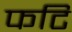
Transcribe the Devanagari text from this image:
फटि